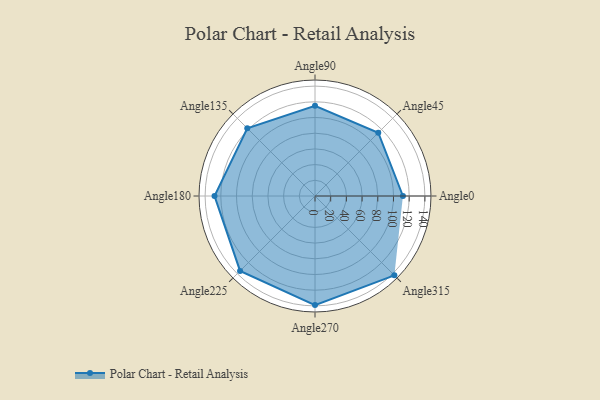
{"axis": {"x": "Angle", "y": "Radius"}, "legend": [""], "data": [{"x": "Angle0", "y": 112.0, "type": ""}, {"x": "Angle45", "y": 114.0, "type": ""}, {"x": "Angle90", "y": 115.0, "type": ""}, {"x": "Angle135", "y": 122.0, "type": ""}, {"x": "Angle180", "y": 128.0, "type": ""}, {"x": "Angle225", "y": 135.0, "type": ""}, {"x": "Angle270", "y": 139.0, "type": ""}, {"x": "Angle315", "y": 143.0, "type": ""}]}